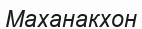
Маханакхон